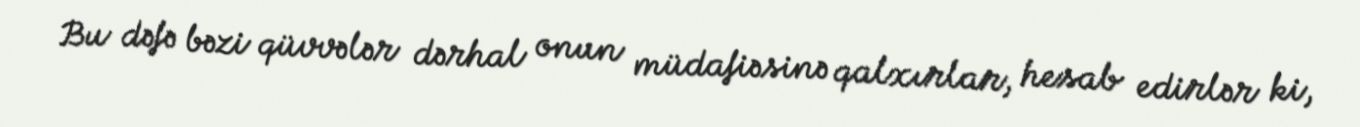
Bu dəfə bəzi qüvvələr dərhal onun müdafiəsinə qalxırlar, hesab edirlər ki,